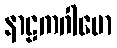
နာဠကဂါမော